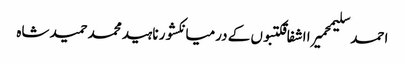
احمد سلیمحمیرا اشفاقکتبوں کے درمیانکشور ناہیدمحمد حمید شاہ